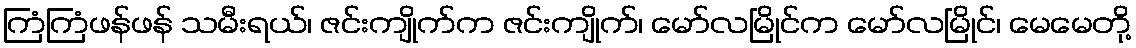
ကြံကြံဖန်ဖန် သမီးရယ်၊ ဇင်းကျိုက်က ဇင်းကျိုက်၊ မော်လမြိုင်က မော်လမြိုင်၊ မေမေတို့